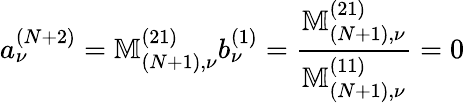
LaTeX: a_{\nu}^{(N+2)}=\mathbb{M}_{(N+1),\nu}^{(21)}b_{\nu}^{(1)}=\frac{\mathbb{M}_{(N+1),\nu}^{(21)}}{\mathbb{M}_{(N+1),\nu}^{(11)}}=0